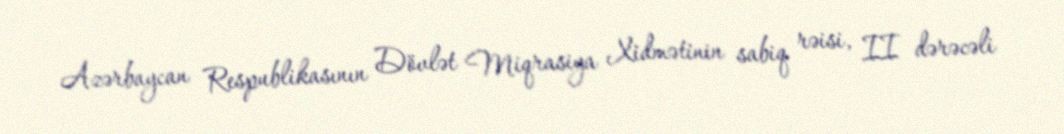
Azərbaycan Respublikasının Dövlət Miqrasiya Xidmətinin sabiq rəisi, II dərəcəli